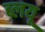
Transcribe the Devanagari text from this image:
ब्लयू